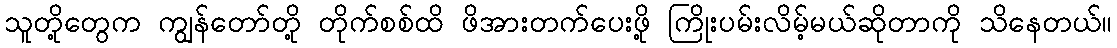
သူတို့တွေက ကျွန်တော်တို့ တိုက်စစ်ထိ ဖိအားတက်ပေးဖို့ ကြိုးပမ်းလိမ့်မယ်ဆိုတာကို သိနေတယ်။